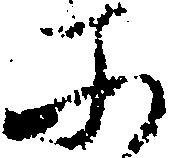
そ